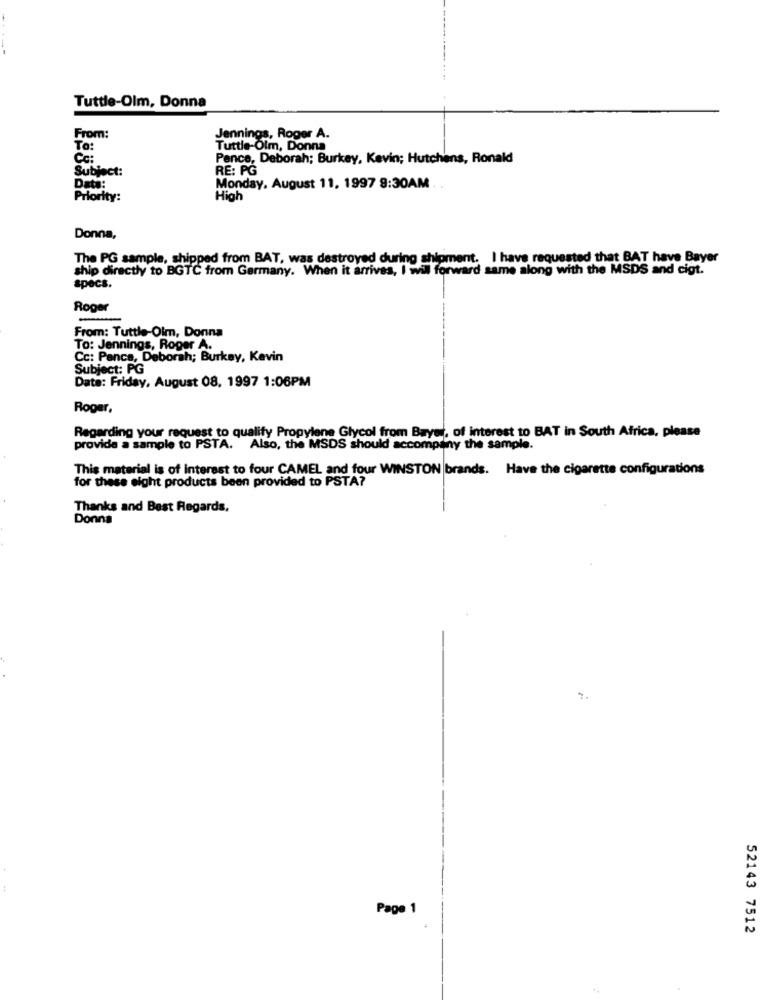
Tuttle-Olm, Donna
From:
Jennings, Roger A.
To:
Tuttle-Olm, Donna
CC:
Pence, Deborah; Burkay, Kevin; Hutchens, Ronald
Subject:
RE: PG
Date:
Monday, August 11, 1997 9:30AM . .
Priority:
High
Donna,
The PG sample, shipped from BAT, was destroyed during shipment. I have requested that BAT have Bayer
ship directly to BGTC from Germany. When it arrives, I will forward same along with the MSDS and cigt.
specs.
Roger
From: Tuttle-Olm, Donna
To: Jennings, Roger A.
Cc: Pence, Deborah; Burkay, Kevin
Subject: PG
Date: Friday, August 08, 1997 1:06PM
Roger,
Regarding your request to qualify Propylene Glycol from Bayer, of interest to BAT in South Africa, please
provide a sample to PSTA. Also, the MSDS should accompany the sample.
This material is of interest to four CAMEL and four WINSTON brands. Have the cigarette configurations
for these eight products been provided to PSTA?
Thanks and Best Regards,
Donna
Page 1
52143 7512